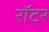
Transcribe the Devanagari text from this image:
रॉटर